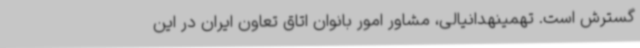
گسترش است. تهمینهدانیالی، مشاور امور بانوان اتاق تعاون ایران در این